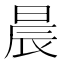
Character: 晨